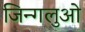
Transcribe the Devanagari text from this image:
जिन्गलुओ